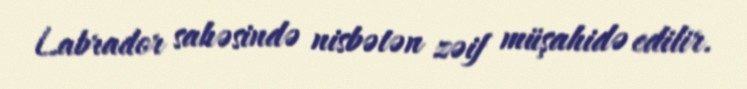
Labrador sahəsində nisbətən zəif müşahidə edilir.